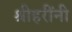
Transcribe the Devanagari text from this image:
श्रीहरींनी